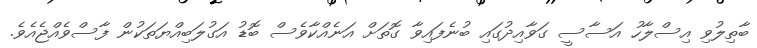
ބާތިލުވި އިސްލާހު އަސާސީ ގަވާއިދުގައި ބުނެފައިވާ ގޮތަށް އަނެއްކާވެސް ބޮޑު އަގުލަބިއްޔަތަކުން ފާސްވެއްޖެއެވެ.